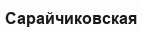
Сарайчиковская